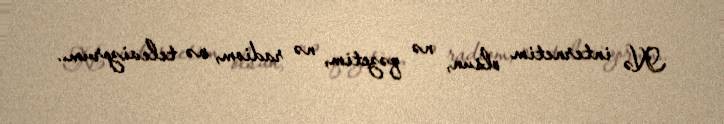
Nə internetim olsun, nə qəzetim, nə radiom, nə televizorum..